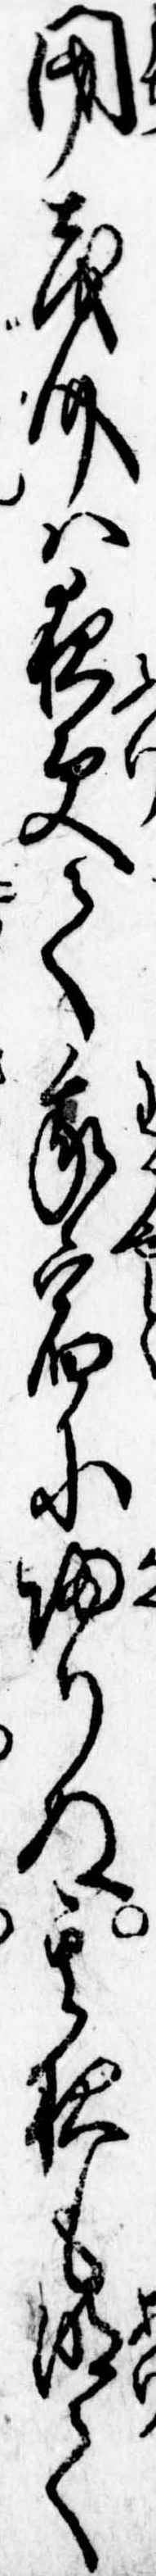
閉茂介は夜更て我宿に帰りぬ其夜も明て